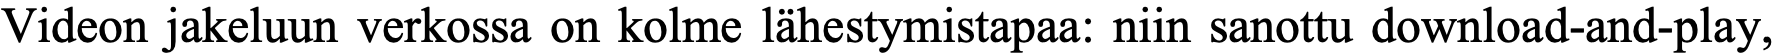
Videon jakeluun verkossa on kolme lähestymistapaa: niin sanottu download-and-play,